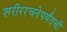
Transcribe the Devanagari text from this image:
शरीररचनेपर्यंतची